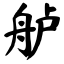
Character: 舻